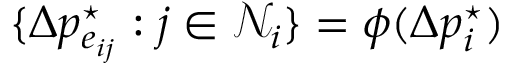
\{ \Delta p _ { e _ { i j } } ^ { \star } : j \in \mathcal { N } _ { i } \} = \phi ( \Delta p _ { i } ^ { \star } )